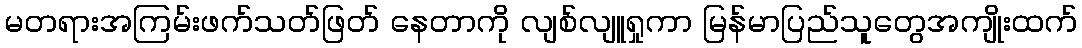
မတရားအကြမ်းဖက်သတ်ဖြတ် နေတာကို လျစ်လျူရှုကာ မြန်မာပြည်သူတွေအကျိုးထက်